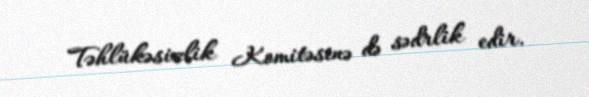
Təhlükəsizlik Komitəsinə də sədrlik edir.